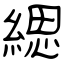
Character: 緦